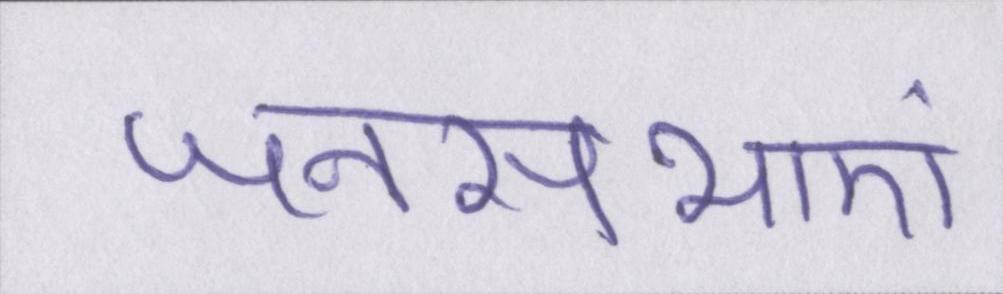
जनसभाएं